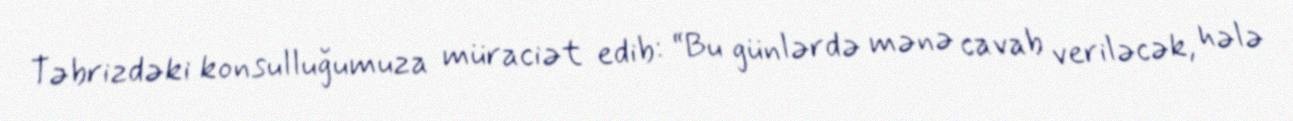
Təbrizdəki konsulluğumuza müraciət edib: “Bu günlərdə mənə cavab veriləcək, hələ